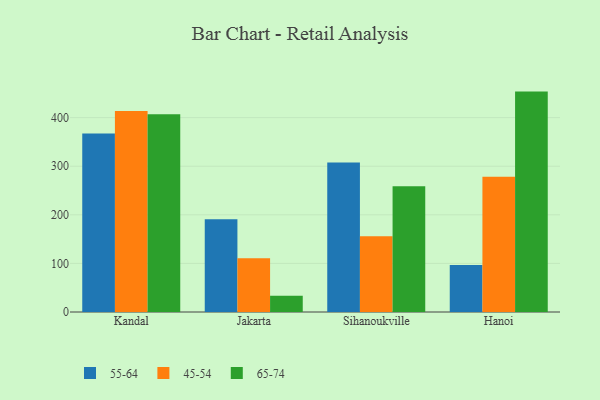
{"axis": {"x": "City", "y": "Shipments"}, "legend": ["45-54", "55-64", "65-74"], "data": [{"x": "Kandal", "y": 367.5, "type": "55-64"}, {"x": "Kandal", "y": 413.8, "type": "45-54"}, {"x": "Kandal", "y": 407.2, "type": "65-74"}, {"x": "Jakarta", "y": 190.9, "type": "55-64"}, {"x": "Jakarta", "y": 110.4, "type": "45-54"}, {"x": "Jakarta", "y": 33.5, "type": "65-74"}, {"x": "Sihanoukville", "y": 307.9, "type": "55-64"}, {"x": "Sihanoukville", "y": 155.8, "type": "45-54"}, {"x": "Sihanoukville", "y": 259.0, "type": "65-74"}, {"x": "Hanoi", "y": 96.8, "type": "55-64"}, {"x": "Hanoi", "y": 278.5, "type": "45-54"}, {"x": "Hanoi", "y": 453.6, "type": "65-74"}]}